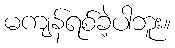
မကျန်ရစ်ခဲ့ပါဘူး။